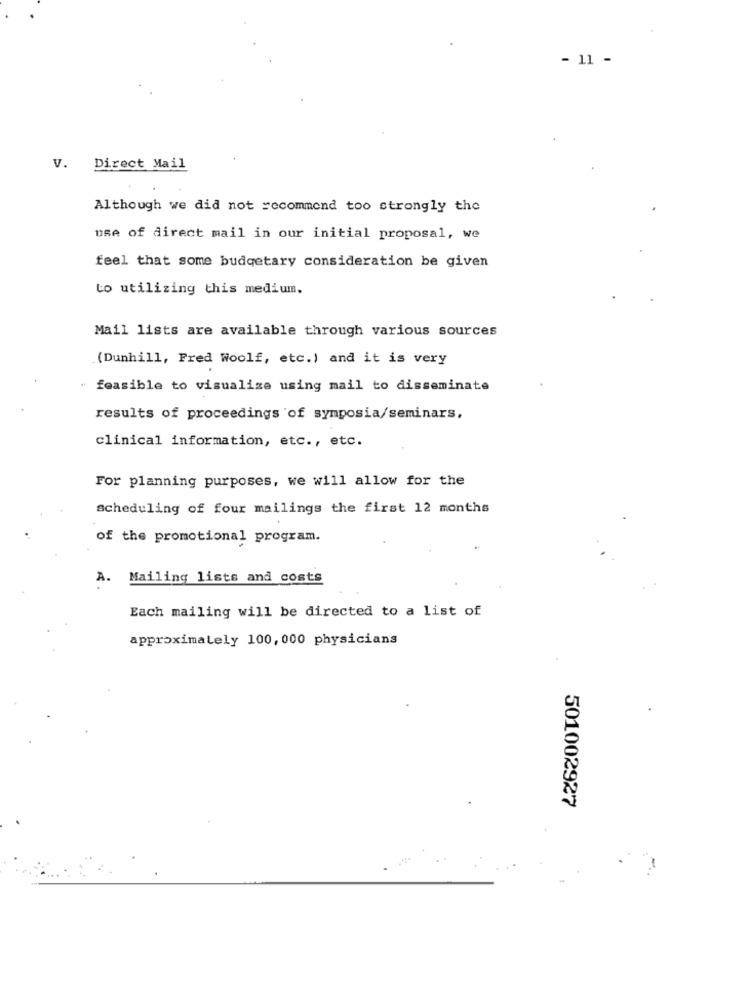
- 11 -
V. Direct Mail
Although we did not recommend too strongly the
use of direct mail in our initial proposal, we
feel that some budgetary consideration be given
to utilizing this medium.
Mail lists are available through various sources
(Dunhill, Fred Woolf, etc.) and it is very
" feasible to visualize using mail to disseminate
results of proceedings of symposia/seminars,
clinical information, etc ., etc.
For planning purposes, we will allow for the
scheduling of four mailings the first 12 months
of the promotional program.
A.
Mailing lists and costs
Each mailing will be directed to a list of
approximately 100, 000 physicians
501002927